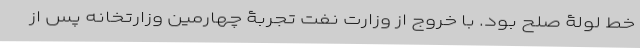
خط لولۀ صلح بود. با خروج از وزارت نفت تجربۀ چهارمین وزارتخانه پس از